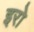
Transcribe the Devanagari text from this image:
इरो